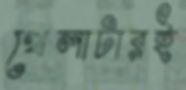
খেলাটারই